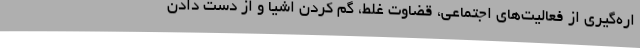
اره‌گیری از فعالیت‌های اجتماعی، قضاوت غلط، گم کردن اشیا و از دست دادن